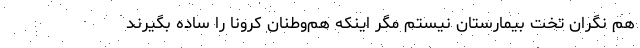
هم نگران تخت بیمارستان نیستم مگر اینکه هم‌وطنان کرونا را ساده بگیرند